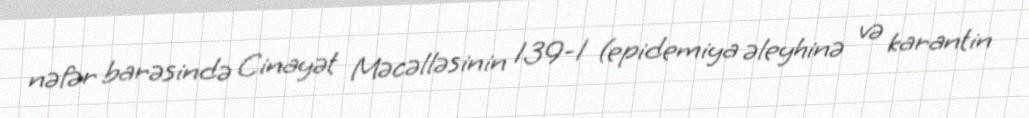
nəfər barəsində Cinayət Məcəlləsinin 139-1 (epidemiya əleyhinə və karantin